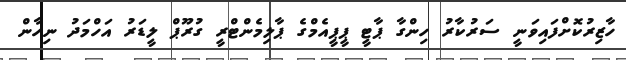
ހާޒިރުކޮށްފައިވަނީ ސަރުކާރު ހިންގާ ޕާޓީ ޕީޕީއެމްގެ ޕާލިމެންޓްރީ ގުރޫޕް ލީޑަރު އަހްމަދު ނިހާން